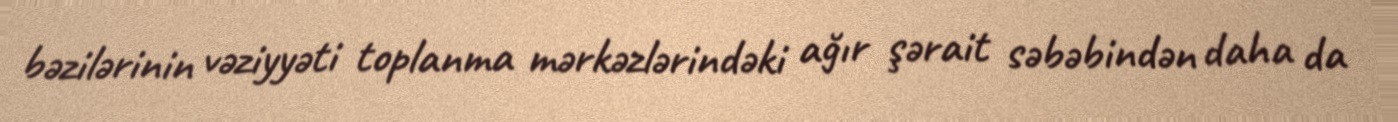
bəzilərinin vəziyyəti toplanma mərkəzlərindəki ağır şərait səbəbindən daha da